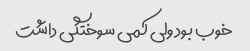
خوب بود ولی کمی سوختگی داشت